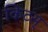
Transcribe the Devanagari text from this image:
किटस्